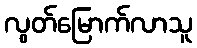
လွတ်မြောက်လာသူ